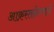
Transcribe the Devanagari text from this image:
आक्रस्तळेपणाने